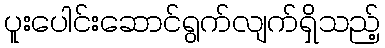
ပူးပေါင်းဆောင်ရွက်လျက်ရှိသည့်